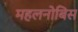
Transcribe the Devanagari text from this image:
महलनोबिस